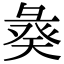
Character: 𢑣